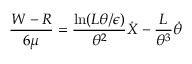
\frac { W - R } { 6 \mu } = \frac { \ln ( L \theta / \epsilon ) } { \theta ^ { 2 } } \dot { X } - \frac { L } { \theta ^ { 3 } } \dot { \theta }